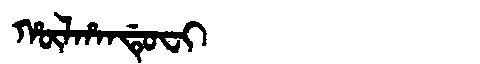
Manchu: ᡥᡡᠯᡥᠠᠨᡩᡠᠸᡳ
Romanization: HŪLHANDUFI